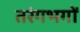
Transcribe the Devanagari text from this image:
तरंगभगों